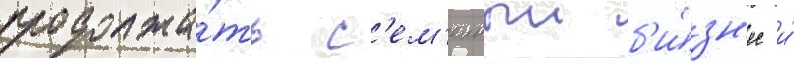
продолжа́ть с'ем'еиныи б'и́зн'ес и́